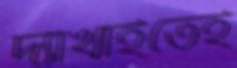
দ্যাখাইতেই